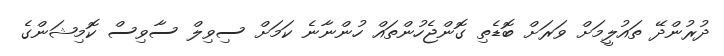
ދުރުންދޭ ތައުލީމަށް ވަރަށް ބޮޑެތި ގޮންޖެހުންތައް ހުންނާނެ ކަމަށް ސިވިލް ސާވިސް ކޮމިޝަންގެ